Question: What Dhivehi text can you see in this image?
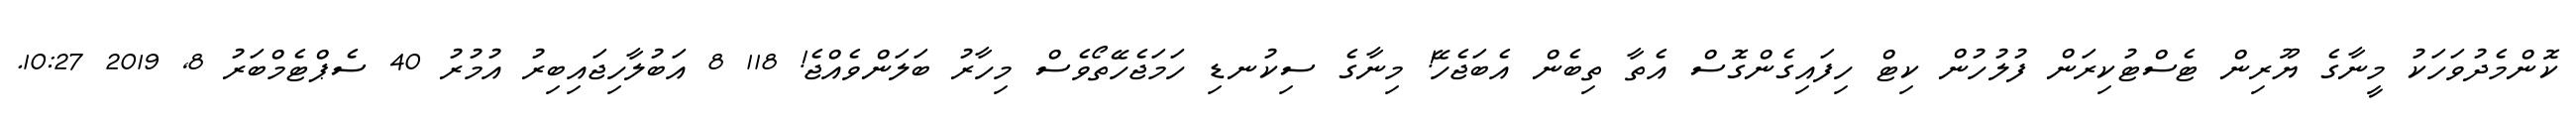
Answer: ކޮންމެދުވަހަކު މީނާގެ ޔޫރިން ޓެސްޓުކިރަން ފުލުހުން ކިޓް ހިފައިގެންގޮސް އެތާ ތިބެން އެބަޖެހޭ! މިނާގެ ސިކުނޑި ހަމަޖެހޭތޯވެސް މިހާރު ބަލަންވެއްޖެ! 118 8 އަބުލާހިޖައިބިރު އުމުރު 40 ސެޕްޓެމްބަރު 8, 2019 10:27.